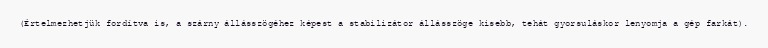
(Értelmezhetjük fordítva is, a szárny állásszögéhez képest a stabilizátor állásszöge kisebb, tehát gyorsuláskor lenyomja a gép farkát).